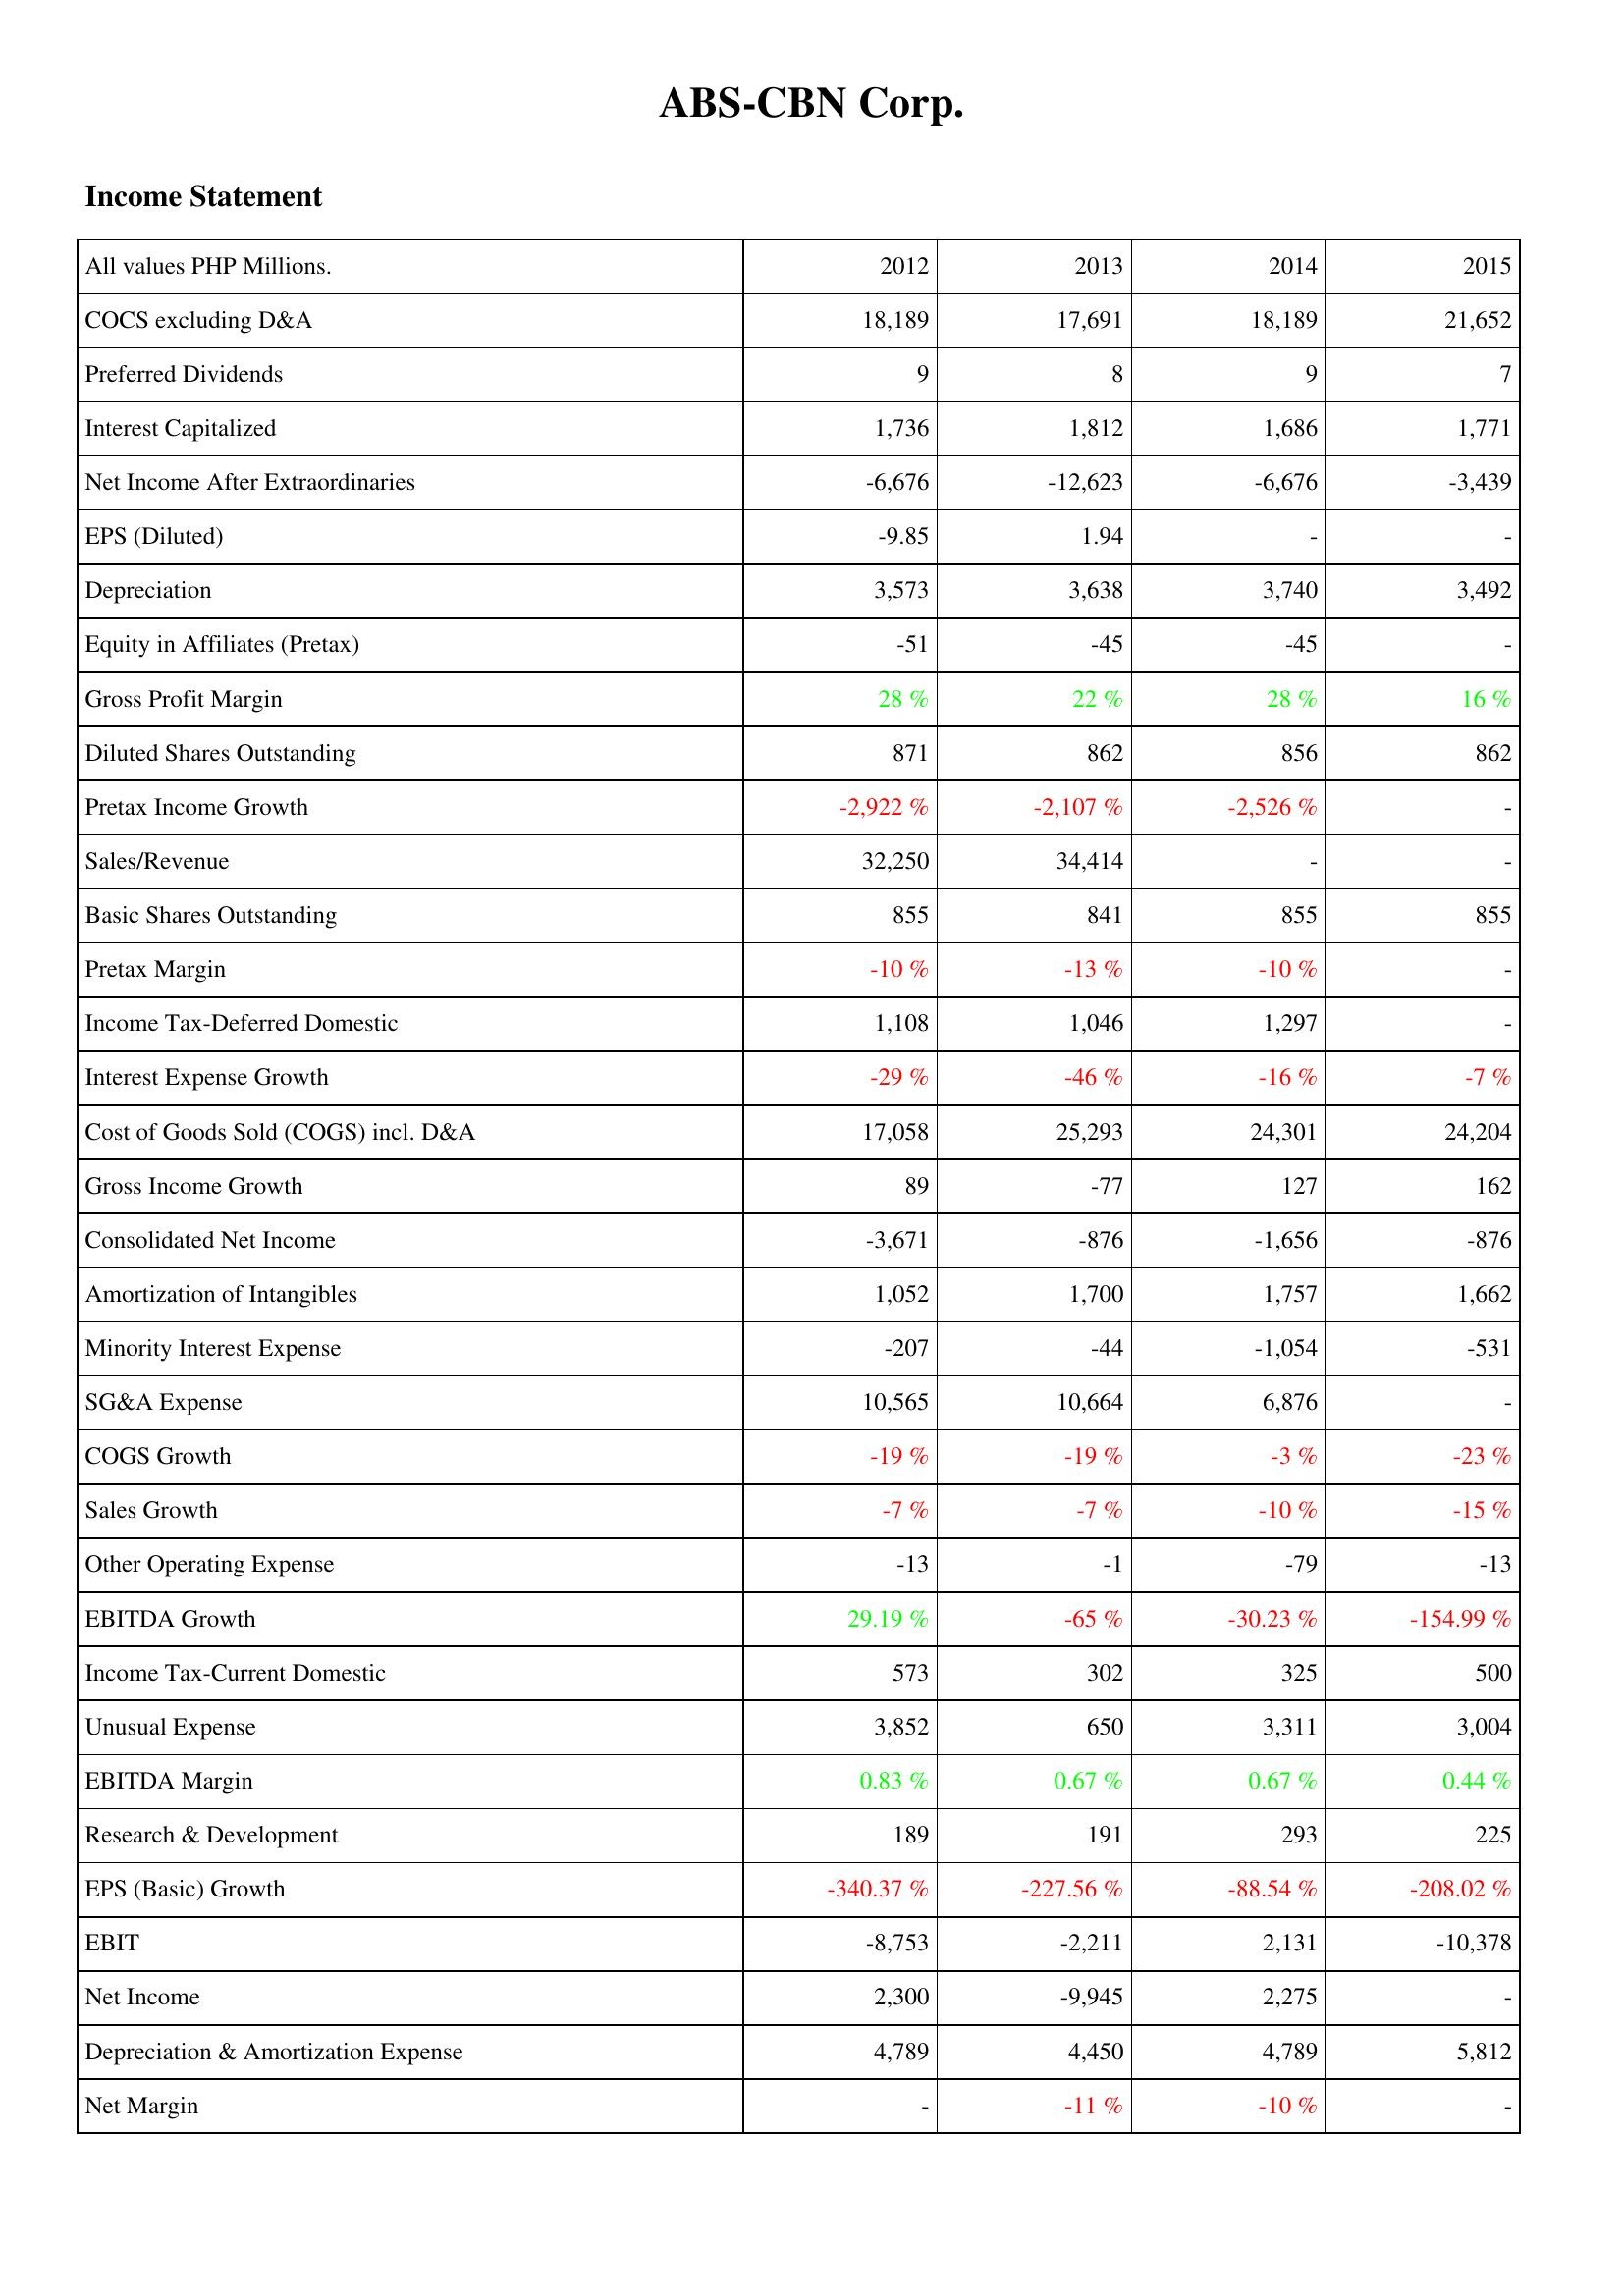
2012: Income Statement: COCS excluding D&A: 18,189
Preferred Dividends: 9
Interest Capitalized: 1,736
Net Income After Extraordinaries: -6,676
EPS (Diluted): -9.85
Depreciation: 3,573
Equity in Affiliates (Pretax): -51
Gross Profit Margin: 28 %
Diluted Shares Outstanding: 871
Pretax Income Growth: -2,922 %
Sales/Revenue: 32,250
Basic Shares Outstanding: 855
Pretax Margin: -10 %
Income Tax-Deferred Domestic: 1,108
Interest Expense Growth: -29 %
Cost of Goods Sold (COGS) incl. D&A: 17,058
Gross Income Growth: 89
Consolidated Net Income: -3,671
Amortization of Intangibles: 1,052
Minority Interest Expense: -207
SG&A Expense: 10,565
COGS Growth: -19 %
Sales Growth: -7 %
Other Operating Expense: -13
EBITDA Growth: 29.19 %
Income Tax-Current Domestic: 573
Unusual Expense: 3,852
EBITDA Margin: 0.83 %
Research & Development: 189
EPS (Basic) Growth: -340.37 %
EBIT: -8,753
Net Income: 2,300
Depreciation & Amortization Expense: 4,789
Net Margin: -
2013: Income Statement: COCS excluding D&A: 17,691
Preferred Dividends: 8
Interest Capitalized: 1,812
Net Income After Extraordinaries: -12,623
EPS (Diluted): 1.94
Depreciation: 3,638
Equity in Affiliates (Pretax): -45
Gross Profit Margin: 22 %
Diluted Shares Outstanding: 862
Pretax Income Growth: -2,107 %
Sales/Revenue: 34,414
Basic Shares Outstanding: 841
Pretax Margin: -13 %
Income Tax-Deferred Domestic: 1,046
Interest Expense Growth: -46 %
Cost of Goods Sold (COGS) incl. D&A: 25,293
Gross Income Growth: -77
Consolidated Net Income: -876
Amortization of Intangibles: 1,700
Minority Interest Expense: -44
SG&A Expense: 10,664
COGS Growth: -19 %
Sales Growth: -7 %
Other Operating Expense: -1
EBITDA Growth: -65 %
Income Tax-Current Domestic: 302
Unusual Expense: 650
EBITDA Margin: 0.67 %
Research & Development: 191
EPS (Basic) Growth: -227.56 %
EBIT: -2,211
Net Income: -9,945
Depreciation & Amortization Expense: 4,450
Net Margin: -11 %
2014: Income Statement: COCS excluding D&A: 18,189
Preferred Dividends: 9
Interest Capitalized: 1,686
Net Income After Extraordinaries: -6,676
EPS (Diluted): -
Depreciation: 3,740
Equity in Affiliates (Pretax): -45
Gross Profit Margin: 28 %
Diluted Shares Outstanding: 856
Pretax Income Growth: -2,526 %
Sales/Revenue: -
Basic Shares Outstanding: 855
Pretax Margin: -10 %
Income Tax-Deferred Domestic: 1,297
Interest Expense Growth: -16 %
Cost of Goods Sold (COGS) incl. D&A: 24,301
Gross Income Growth: 127
Consolidated Net Income: -1,656
Amortization of Intangibles: 1,757
Minority Interest Expense: -1,054
SG&A Expense: 6,876
COGS Growth: -3 %
Sales Growth: -10 %
Other Operating Expense: -79
EBITDA Growth: -30.23 %
Income Tax-Current Domestic: 325
Unusual Expense: 3,311
EBITDA Margin: 0.67 %
Research & Development: 293
EPS (Basic) Growth: -88.54 %
EBIT: 2,131
Net Income: 2,275
Depreciation & Amortization Expense: 4,789
Net Margin: -10 %
2015: Income Statement: COCS excluding D&A: 21,652
Preferred Dividends: 7
Interest Capitalized: 1,771
Net Income After Extraordinaries: -3,439
EPS (Diluted): -
Depreciation: 3,492
Equity in Affiliates (Pretax): -
Gross Profit Margin: 16 %
Diluted Shares Outstanding: 862
Pretax Income Growth: -
Sales/Revenue: -
Basic Shares Outstanding: 855
Pretax Margin: -
Income Tax-Deferred Domestic: -
Interest Expense Growth: -7 %
Cost of Goods Sold (COGS) incl. D&A: 24,204
Gross Income Growth: 162
Consolidated Net Income: -876
Amortization of Intangibles: 1,662
Minority Interest Expense: -531
SG&A Expense: -
COGS Growth: -23 %
Sales Growth: -15 %
Other Operating Expense: -13
EBITDA Growth: -154.99 %
Income Tax-Current Domestic: 500
Unusual Expense: 3,004
EBITDA Margin: 0.44 %
Research & Development: 225
EPS (Basic) Growth: -208.02 %
EBIT: -10,378
Net Income: -
Depreciation & Amortization Expense: 5,812
Net Margin: -